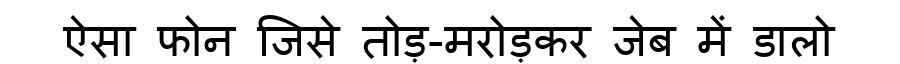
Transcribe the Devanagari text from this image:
ऐसा फोन जिसे तोड़-मरोड़कर जेब में डालो